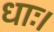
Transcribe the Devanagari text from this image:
धाः।